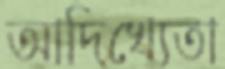
আদিখ্যেতা